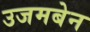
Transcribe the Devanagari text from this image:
उजमबेन